Lunatic asylums United Provinces 1909-1921 - 1909-1921
Year: 1909
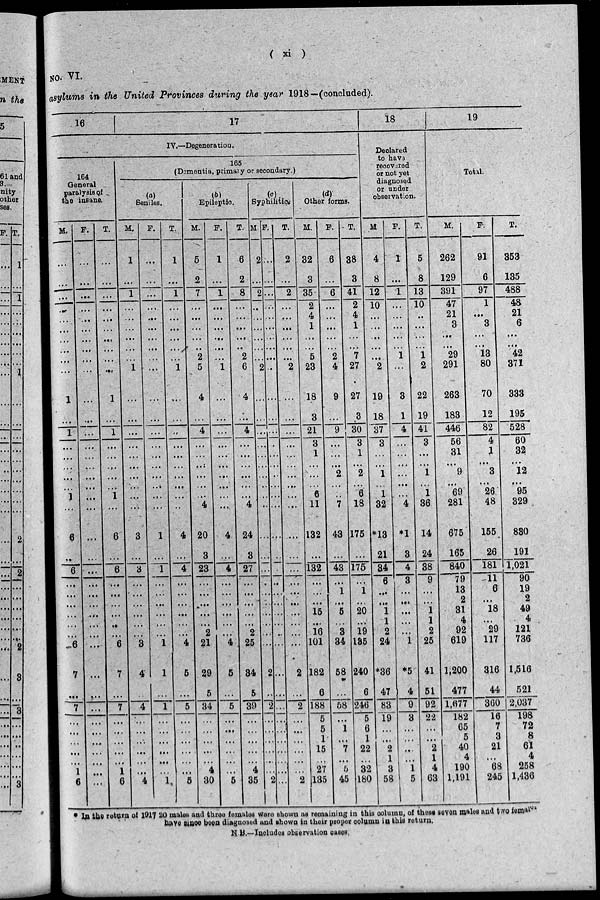
( xi )
No. VI.
asylums in the United Provinces during the year 1918—(concluded)
16
17
IV.—Degeneration.
164
General
paralysis of
the insane.
M.
...
...
...
..
...
...
...
...
...
...
1
...
1
...
...
...
...
...
1
...
6
...
6
...
...
...
...
...
...
6
7
...
7
...
...
...
...
...
1
6
F.
...
...
...
...
...
...
...
...
...
...
...
...
...
...
...
...
...
...
...
...
...
...
...
...
...
...
...
...
...
...
...
...
...
...
...
...
...
...
...
...
T.
...
...
...
...
...
...
...
...
...
...
1
...
1
...
...
...
...
...
1
...
6
...
6
...
...
...
...
...
...
6
7
...
7
...
...
...
...
...
1
6
165
(Dementia, primary or secondary.)
(a)
Seniles.
M.
1
...
1
...
...
...
...
...
...
1
...
...
...
...
...
...
...
...
...
...
3
...
3
...
...
...
...
...
...
3
4
4
...
...
...
...
...
...
4
F.
...
...
...
...
...
...
...
...
...
...
...
...
...
...
...
...
...
...
...
1
...
1
...
...
...
...
...
...
1
1
...
1
...
...
...
...
...
...
1
T.
1
...
1
...
...
...
...
...
...
1
...
...
...
...
...
...
...
...
...
..
4
...
4
...
...
...
...
...
...
4
5
...
5
...
...
...
...
...
...
5
(b)
Epileptic.
M.
5
2
7
...
...
...
...
...
2
5
4
...
4
...
...
...
...
...
...
4
20
3
23
...
...
...
...
...
2
21
29
5
34
...
...
...
...
...
4
30
F.
1
...
1
...
...
...
...
...
...
1
...
...
...
...
...
...
...
...
...
...
4
...
4
...
...
...
...
...
...
4
6
...
5
...
...
...
...
...
...
5
T.
6
2
8
...
...
...
...
...
2
6
4
...
4
...
...
...
...
...
...
4
24
3
27
...
...
...
...
...
2
25
34
5
39
...
...
...
...
...
4
35
(c)
Syphilitic.
M.
2
...
2
...
...
...
...
..
...
2
...
...
...
...
...
...
...
...
...
...
...
...
...
.
...
...
...
...
...
...
2
..
2
...
...
...
...
...
...
2
F.
...
...
...
...
...
...
...
...
...
..
...
...
...
...
...
...
...
...
...
...
...
..
.
...
...
...
...
...
..
...
...
...
...
...
...
...
...
...
...
...
T.
2
...
2
...
...
...
...
...
...
2
...
...
...
...
...
...
...
...
...
...
...
...
...
...
...
...
...
...
...
...
2
...
2
...
...
...
...
...
...
2
(d)
Other forms.
M.
32
3
35
2
4
1
...
...
5
23
18
3
21
3
1
...
...
...
6
11
132
...
132
...
...
...
15
...
16
101
182
6
188
5
5
1
15
...
27
135
F.
6
...
6
...
...
...
...
...
2
4
9
...
9
...
...
...
2
...
...
7
43
...
43
...
1
...
5
...
3
34
58
...
58
...
1
...
7
...
5
45
T.
38
3
41
2
4
1
...
...
7
27
27
3
30
3
1
...
2
...
6
18
175
...
175
...
1
...
20
...
19
135
240
6
246
5
6
1
22
...
32
180
18
Declared
to have
recovered
or not yet
diagnosed
or under
observation.
M.
4
8
12
10
...
...
...
...
...
2
19
18
37
3
...
...
1
...
1
32
*13
21
34
6
...
...
1
1
2
24
*36
47
83
19
...
...
2
1
3
58
F.
1
...
1
...
...
...
...
...
1
...
3
1
4
...
...
...
...
...
...
4
*1
3
4
3
...
...
...
...
...
1
*5
4
9
3
...
...
...
...
1
5
T.
5
8
13
10
..
...
...
...
1
2
22
19
41
3
...
...
1
...
1
36
14
24
38
9
...
...
1
1
2
25
41
51
92
22
...
...
2
1
4
63
19
Total.
M.
262
129
391
47
21
3
...
...
29
291
263
183
446
56
31
...
9
...
69
281
675
163
840
79
13
2
31
4
92
619
1,200
477
1,677
182
65
5
40
4
190
1,191
F.
91
6
97
1
...
3
...
...
13
80
70
12
82
4
1
...
3
...
26
48
155
26
181
11
6
...
18
...
29
117
316
44
360
16
7
3
21
...
68
245
T.
353
135
488
48
21
6
...
...
42
371
333
195
528
60
32
...
12
...
95
329
830
191
1,021
90
19
2
49
4
121
736
1,516
521
2,037
198
72
8
61
4
258
1,436
* In the return of 1917 20 males and three females were shown as remaining in this column, of thest seven males and two females
have since been diagnosed and shown in their proper column in this return.
N. B.—Includes observation cases.